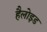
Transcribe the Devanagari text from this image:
हैलोइड